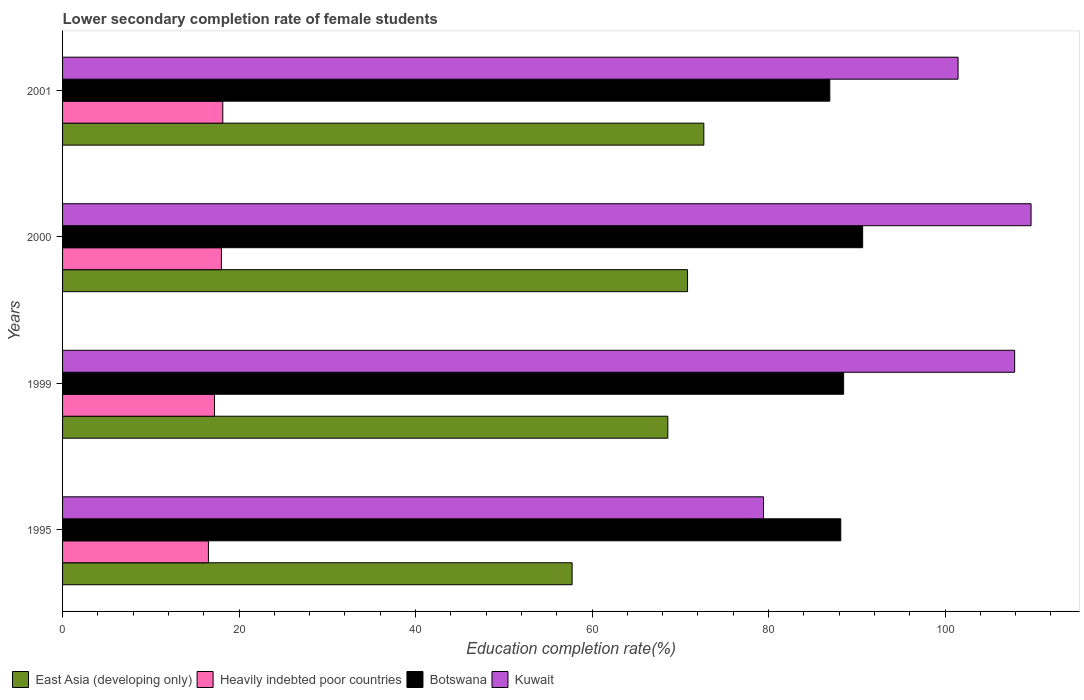
| Years | East Asia (developing only) | Heavily indebted poor countries | Botswana | Kuwait |
 | --- | --- | --- | --- | --- |
 | 1995 | 57.7 | 16.5 | 88.2 | 79.4 |
 | 1999 | 68.6 | 17.2 | 88.5 | 108 |
 | 2000 | 70.8 | 18 | 90.7 | 110 |
 | 2001 | 72.7 | 18.2 | 86.9 | 101 |